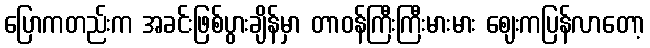
ပြောကတည်းက အခင်းဖြစ်ပွားချိန်မှာ တာဝန်ကြီးကြီးမားမား ဈေးကပြန်လာတော့